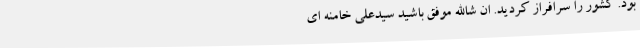
بود. کشور را سرافراز کردید. ان شاالله موفق باشید سیدعلی خامنه ای